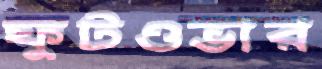
ফুটওভার